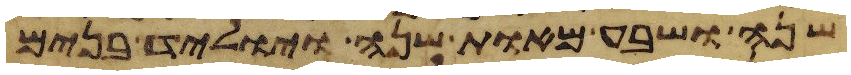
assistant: שנה ושבע מאות שנה ויוליד בנים